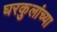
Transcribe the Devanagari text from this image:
घरकुलांच्या